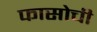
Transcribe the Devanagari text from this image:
फासोची